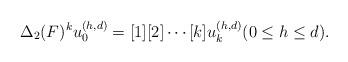
LaTeX: \begin{gather*}\Delta_2(F)^k u_0^{(h,d)}=[1][2]\cdots [k]u_k^{(h,d)}(0\leq h\leq d).\end{gather*}